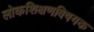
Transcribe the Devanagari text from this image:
लोकशिक्षणविषयक